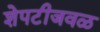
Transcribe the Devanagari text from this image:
शेपटीजवळ